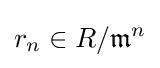
r_{n}\in R/{\mathfrak {m}}^{n}